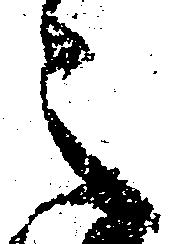
之